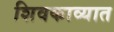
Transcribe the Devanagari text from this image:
शिवकाव्यात